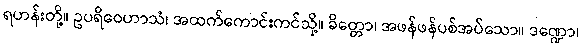
ရဟန်းတို့။ ဥပရိဝေဟာသံ၊ အထက်ကောင်းကင်သို့။ ခိတ္တော၊ အဖန်ဖန်ပစ်အပ်သော။ ဒဏ္ဍော၊